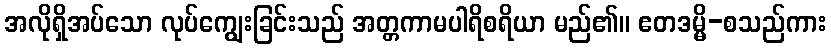
အလိုရှိအပ်သော လုပ်ကျွေးခြင်းသည် အတ္တကာမပါရိစရိယာ မည်၏။ ဧတဒမ္မိ-စသည်ကား